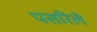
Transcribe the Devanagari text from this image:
पसरिले